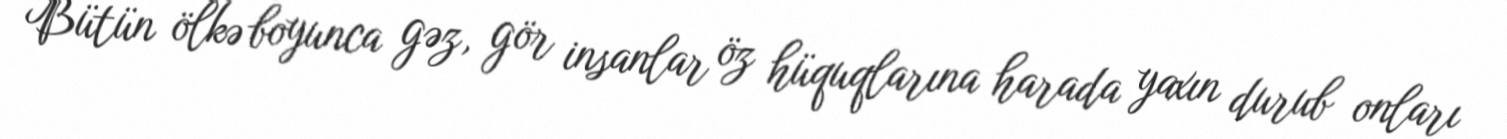
Bütün ölkə boyunca gəz, gör insanlar öz hüquqlarına harada yaxın durub onları